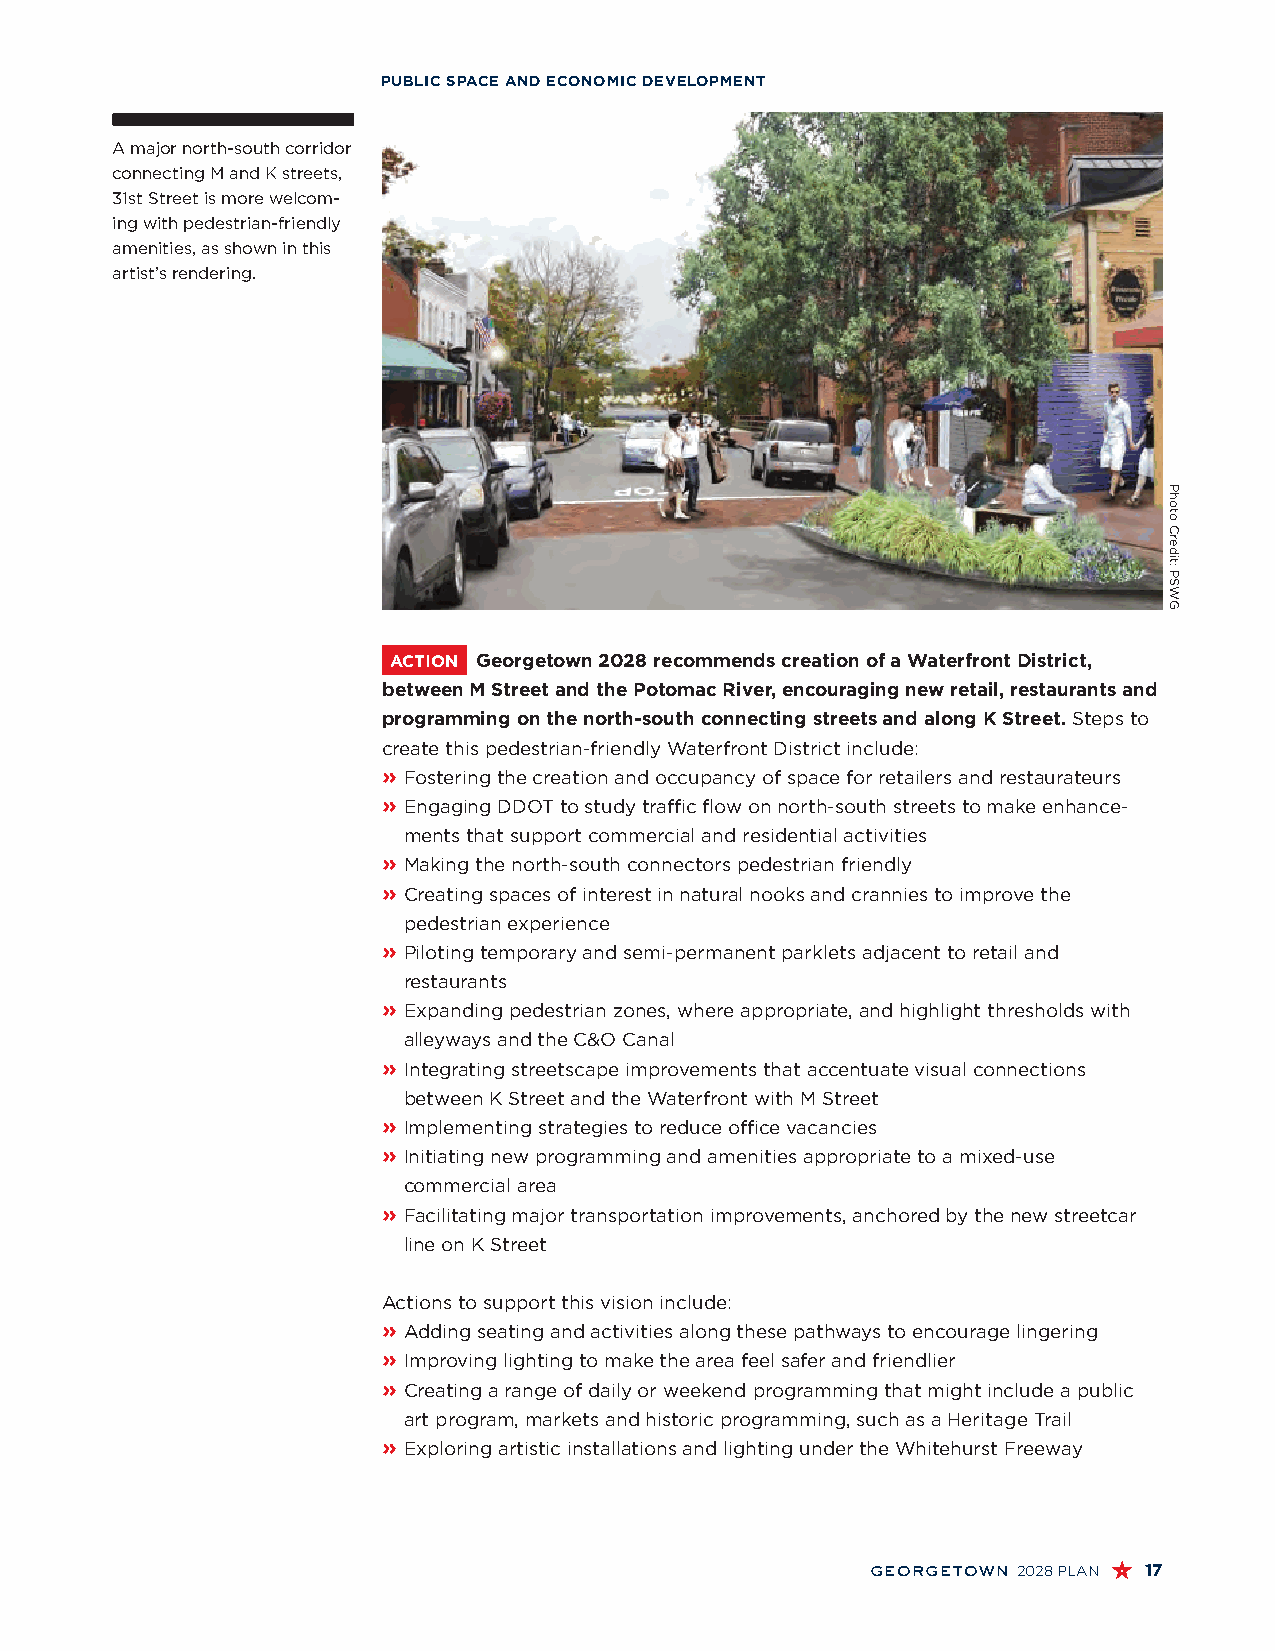
PUBLIC SPACE AND ECONOMIC DEVELOPMENT
 A major north-south corridor
 connecting M and K streets,
 31st Street is more welcom-
 ing with pedestrian-friendly
 amenities, as shown in this
 artist’s rendering.
 ACTION Georgetown 2028 recommends creation of a Waterfront District,
 between M Street and the Potomac River, encouraging new retail, restaurants and
 programming on the north-south connecting streets and along K Street. Steps to
 create this pedestrian-friendly Waterfront District include:
 » F ostering the creation and occupancy of space for retailers and restaurateurs
 » E ngaging DDOT to study traffic flow on north-south streets to make enhance-
 ments that support commercial and residential activities
 » M aking the north-south connectors pedestrian friendly
 » C reating spaces of interest in natural nooks and crannies to improve the
 pedestrian experience
 » P iloting temporary and semi-permanent parklets adjacent to retail and
 restaurants
 » E xpanding pedestrian zones, where appropriate, and highlight thresholds with
 alleyways and the C&O Canal
 » I ntegrating streetscape improvements that accentuate visual connections
 between K Street and the Waterfront with M Street
 » I mplementing strategies to reduce office vacancies
 » I nitiating new programming and amenities appropriate to a mixed-use
 commercial area
 » F acilitating major transportation improvements, anchored by the new streetcar
 line on K Street
 Actions to support this vision include:
 » A dding seating and activities along these pathways to encourage lingering
 » I mproving lighting to make the area feel safer and friendlier
 » C reating a range of daily or weekend programming that might include a public
 art program, markets and historic programming, such as a Heritage Trail
 » E xploring artistic installations and lighting under the Whitehurst Freeway
 georgetown 2028 PLAN 17
 Photo
 Credit:
 PSWG